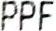
PPF